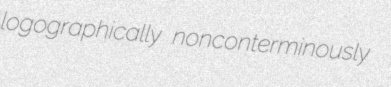
logographically nonconterminously